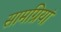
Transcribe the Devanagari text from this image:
सामग्रियां